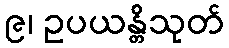
၉၊ ဥပယန္တိသုတ်